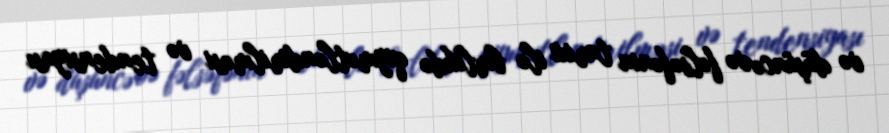
və düşüncə və fəlsəfənin tarixi ilə birlikdə qiymətləndirilməsi və tendensiyası